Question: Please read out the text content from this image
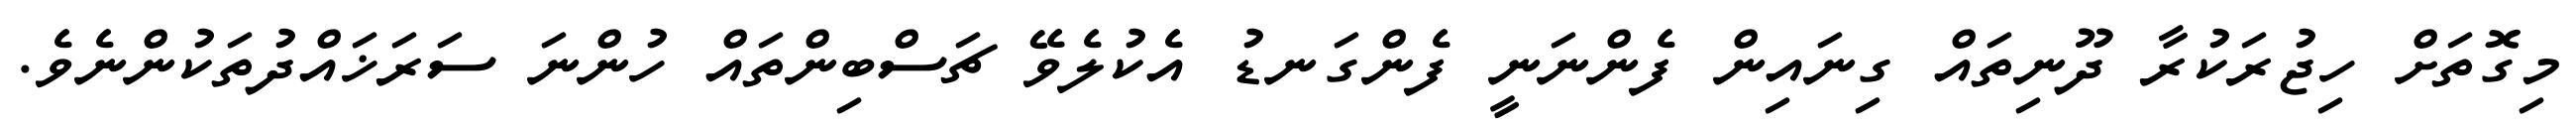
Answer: މިގޮތަށް ހިޖުރަކުރާ ދޫނިތައް ގިނައިން ފެންނަނީ ފެންގަނޑު އެކުލެވޭ ޗަސްބިންތައް ހުންނަ ސަރަޚައްދުތަކުންނެވެ.